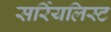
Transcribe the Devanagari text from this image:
सर्रियलिस्ट